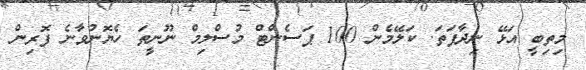
މިތިބީ އަޅޭ ނިދާފަތަ. ކަލޭމެން 100 ޕަސެންޓް މުސްލިމް ނޫނީތަ ހެޔޮނުވާނެ ފޮރިން